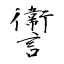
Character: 讏